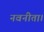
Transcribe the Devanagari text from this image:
नवनीता।